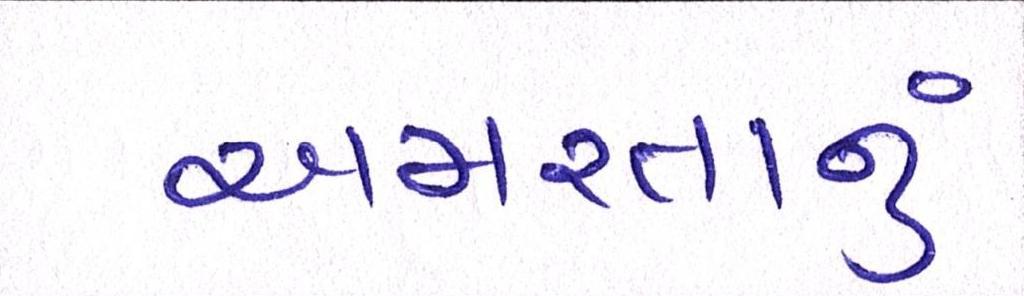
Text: અમરતાનું